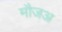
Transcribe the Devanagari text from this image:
मौजअ